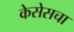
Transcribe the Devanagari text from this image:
केसेसचा